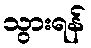
သွားရန်